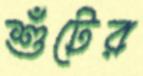
শুঁটের